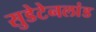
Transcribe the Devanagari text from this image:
सुडेटेनलांड